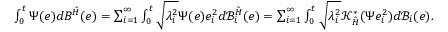
\begin{array} { r } { \int _ { 0 } ^ { t } \Psi ( e ) d { \cal B } ^ { \hat { \cal H } } ( e ) = \sum _ { i = 1 } ^ { \infty } \int _ { 0 } ^ { t } \sqrt { \lambda _ { i } ^ { 2 } } \Psi ( e ) e _ { i } ^ { 2 } d \mathscr { B } _ { i } ^ { \hat { \cal H } } ( e ) = \sum _ { i = 1 } ^ { \infty } \int _ { 0 } ^ { t } \sqrt { \lambda _ { i } ^ { 2 } } \mathscr { K } _ { \hat { \cal H } } ^ { * } ( \Psi e _ { i } ^ { 2 } ) d \mathscr { B } _ { i } ( e ) . } \end{array}